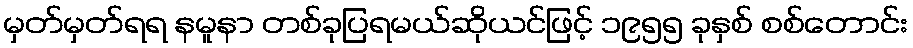
မှတ်မှတ်ရရ နမူနာ တစ်ခုပြရမယ်ဆိုယင်ဖြင့် ၁၉၅၅ ခုနှစ် စစ်တောင်း